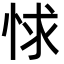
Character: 㤹